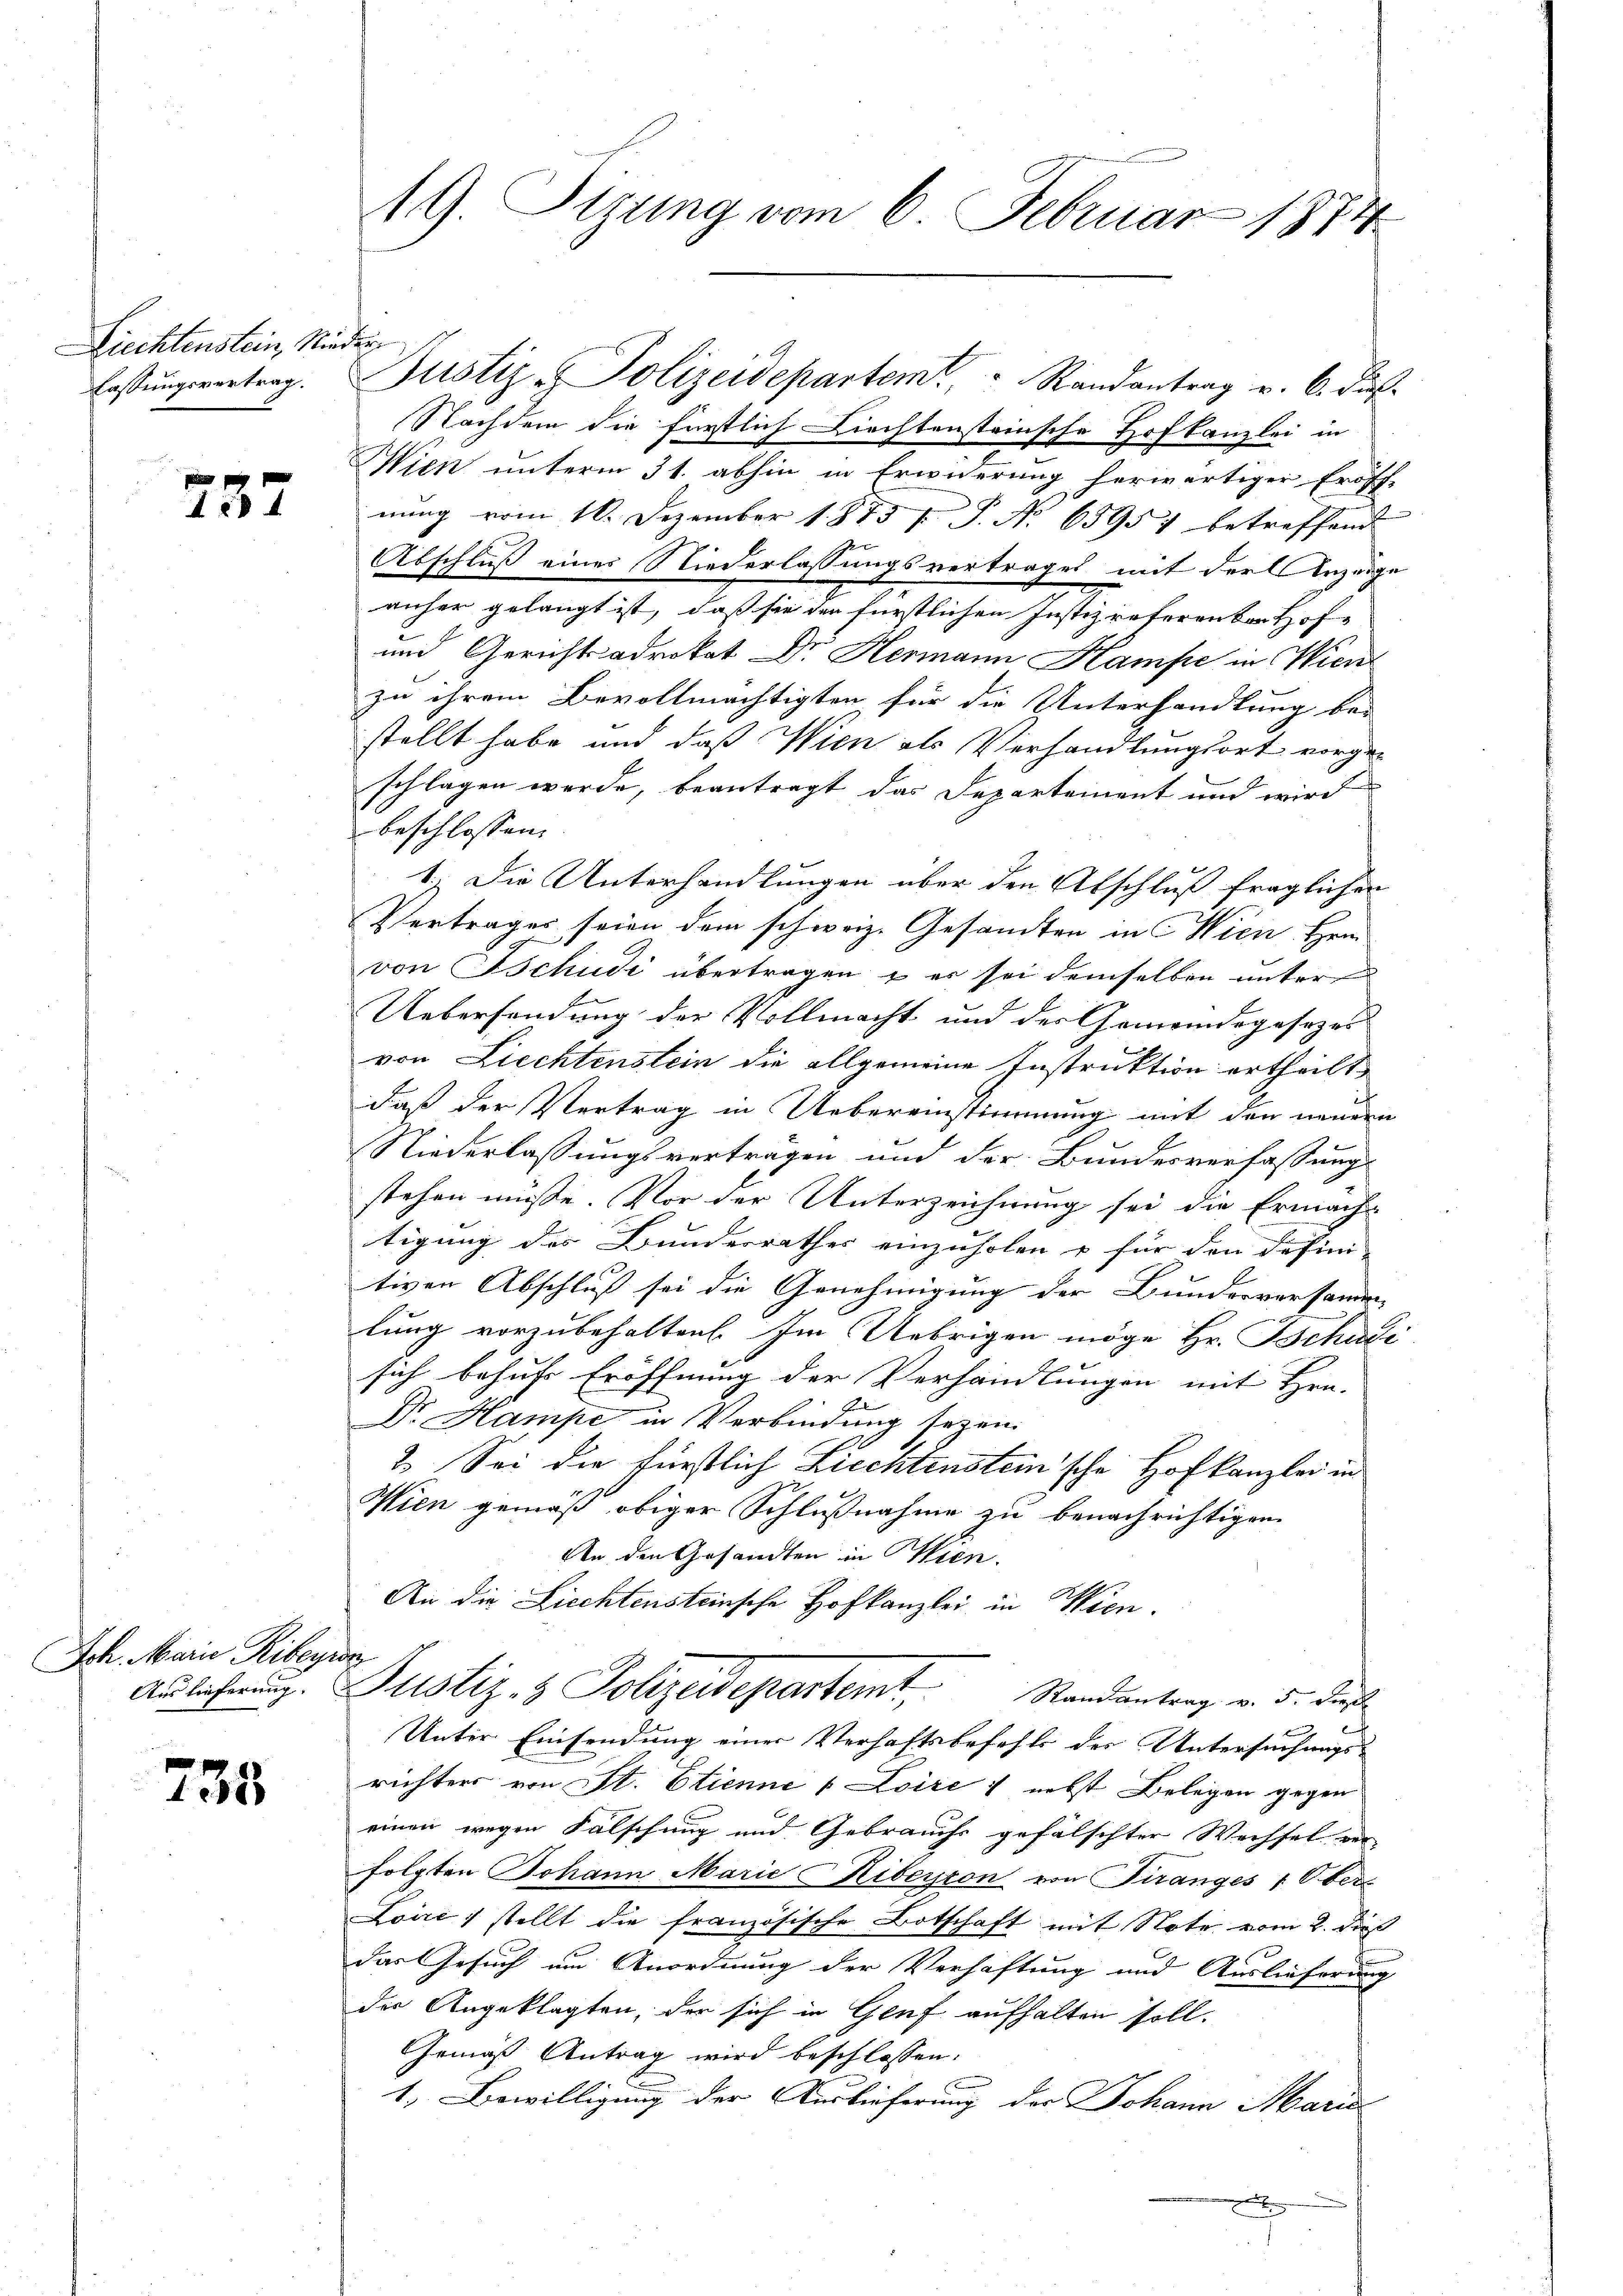
Liechtenstein, Nieder

737

Ich. Marie Ribeyr
Auslieferung.

735

19. Sitzung vom 6. Februar 1874

lassŭngsvertrag. Justiz-Polizeidepartem Randantrag u. 6. dies
Nachdem die fürstlich Liechtensteinsche Hofkanzlei in
Wien unterm 31. abhin in Erwiderung herwärtiger Eröff-
nŭng vom 16. Dezember 1873 f. P. Nr. 65957 betreffend
Abschluß eines Niederlassungsvertrages mit der Anzeige
anher gelangt ist, daß sie der fürstlichen Justizreferentar Hof-
und Gerichtsadrokat Dr. Hermann Hampe in Wien
zu ihrem Bevollmächtigten für die Unterhandlung bei
stellt habe und daß Wien als Verhandlungsort vorge-
schlagen werde, beantragt das Departement und wird
beschlossen. |
1.) Die Unterhandlungen über den Abschluß fraglichen
Vertrages seien dem schweiz. Gesandten in Wien Hein
von Tschudi übertragen – er sei demselben untere
Uebersendung der Vollmacht und der Gemeindegesezes
von Liechtenstein die allgemeine Instruktion ertheilt
daß der Vertrag in Uebereinstimmung mit den neuern
Niederlaßungsverträgen und der Bundesverfassung
stehen müsse. Vor der Unterzeichnung sei die Ermäch-
tigung des Bunderrathes einzuholen u für den defini-
tiven Abschluß sei die Genehmigung der Bundesversamme
lung vorzubehalten. Im Uebrigen möge Hr. Schudi
sich behufs Eröffnung der Verhandlungen mit Hrn.
Dr. Hampe in Verbindung seyen.
2. Sei die fürstlich Ziechtenstein'sche Hofkanzlei in
Wien gemäß obiger Schlußnahme zu benachrichtigen.
An den Gesandten in Wien.
An die Liechtensteinsche Hofkanzlei in Wien.
e
Justiz- & Polizeidepartemt Randantrag v. 5. diese
Unter Einsendung einer Verhaftsbefehls des Untersuchungsrichters von St. Etienne (Loire ; nebst Belegen gegen
einen wegen Falschung und Gebrauchs gefälschter Wechsel ver
folgten Johann Marie Kibeyton von Turanges 1 Ober-
Loire stellt die französische Botschaft mit Note vom 2. dieß
das Gesuch um Anordnung der Verhaftung und Auslieferung
der Angeklagten, der sich in Genf aufhalten soll.
Gemäß Antrag wird beschlossen:
1. Bewilligung der Auslieferung der Johann Marie